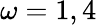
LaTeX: \omega=1,4